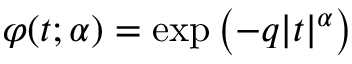
\varphi ( t ; \alpha ) = \exp \left( - q | t | ^ { \alpha } \right)